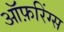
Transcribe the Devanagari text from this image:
ऑफ़रिंग्स